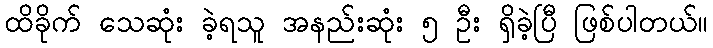
ထိခိုက် သေဆုံး ခဲ့ရသူ အနည်းဆုံး ၅ ဦး ရှိခဲ့ပြီ ဖြစ်ပါတယ်။